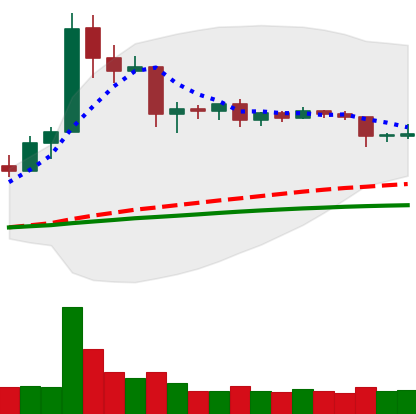
Ticker: ETC-USD
Chart end date: 2019-04-23
Forward return: -6.285%
Label: down_5_7